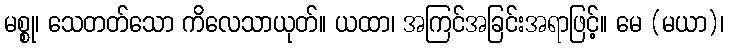
မစ္စု၊ သေတတ်သော ကိလေသာယုတ်။ ယထာ၊ အကြင်အခြင်းအရာဖြင့်။ မေ (မယာ)၊